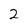
Character: 2